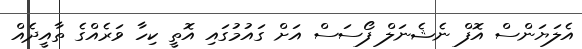
އެލަޔަންސް އޮފް ނެޝެނަލް ފޯސަސް އަށް ގައުމުގައި އޮތީ ކިހާ ވަރެއްގެ ތާއީދެއް